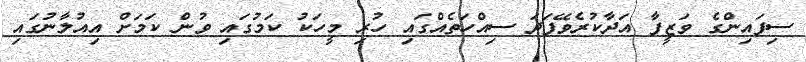
ސިފައިންގެ ވަޒީފާ އަދާކުރެވޭފަދަ ސިއްހަތެއްގައި ހުރި މީހަކު ކަމުގައި ވުން ކަމަށް އިއުލާނުގައި